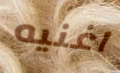
اغنيه